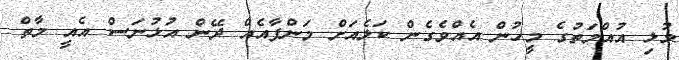
މުޅި އުއްމަތުގެ މީހުން އެއްވެގެން ކަލެއަށް މަންފާއެއް ދޭން އުޅުނަސް އެއީ މާތް